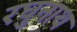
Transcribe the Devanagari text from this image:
रघुनाथ